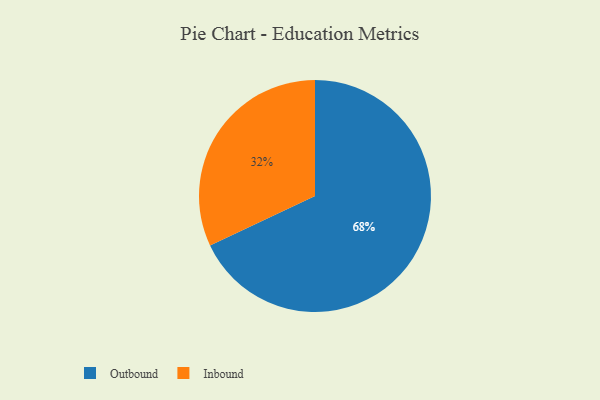
{"axis": {"x": "Category", "y": "Percentage"}, "legend": ["Inbound", "Outbound"], "data": [{"x": "Inbound", "y": 32, "type": "Inbound"}, {"x": "Outbound", "y": 68, "type": "Outbound"}]}